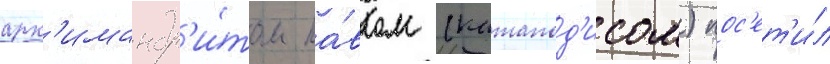
арх'имандр'и́том па́влом (катапод'исом) пос'ет'и́л